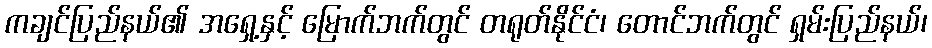
ကချင်ပြည်နယ်၏ အရှေ့နှင့် မြောက်ဘက်တွင် တရုတ်နိုင်ငံ၊ တောင်ဘက်တွင် ရှမ်းပြည်နယ်၊